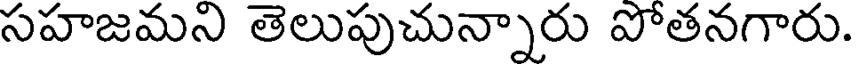
సహజమని తెలుపుచున్నారు పోతనగారు.